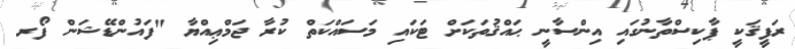
ރަފީޤަކީ ޕާކިސްތާނުގައި އިންސާނީ ޙައްޤުތަކަށް ޓަކައި މަސައްކަތް ކުރާ ޖަމްޢިއްޔާ "ފައުންޑޭޝަން ފޯރ